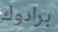
برادوك